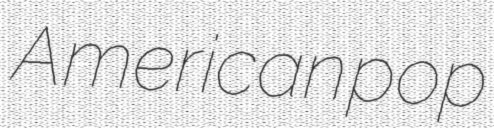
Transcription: American pop